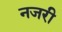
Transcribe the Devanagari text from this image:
नजरी